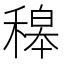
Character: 𥡅